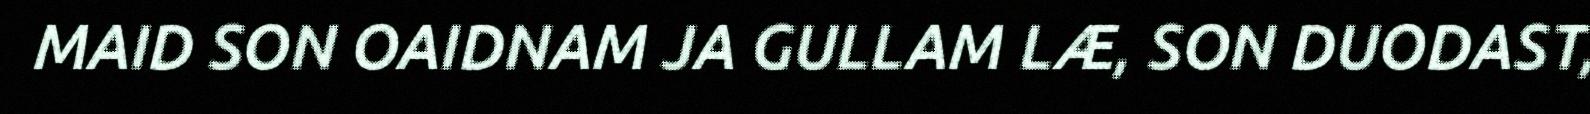
MAID SON OAIDNAM JA GULLAM LÆ, SON DUODAST,